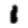
Digit: 1